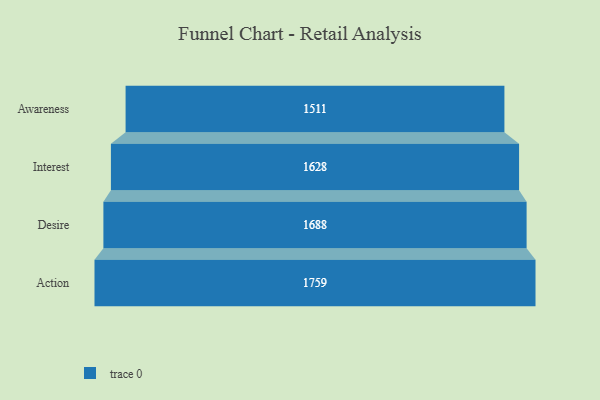
{"axis": {"x": "Stage", "y": "Value"}, "legend": [""], "data": [{"x": "Awareness", "y": 1511.0, "type": ""}, {"x": "Interest", "y": 1628.0, "type": ""}, {"x": "Desire", "y": 1688.0, "type": ""}, {"x": "Action", "y": 1759.0, "type": ""}]}